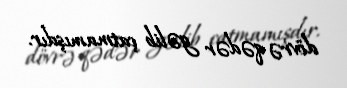
dövrə qədər gəlib çatmamışdır.